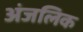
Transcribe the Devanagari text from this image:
अंजलिक